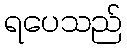
ရပေသည်